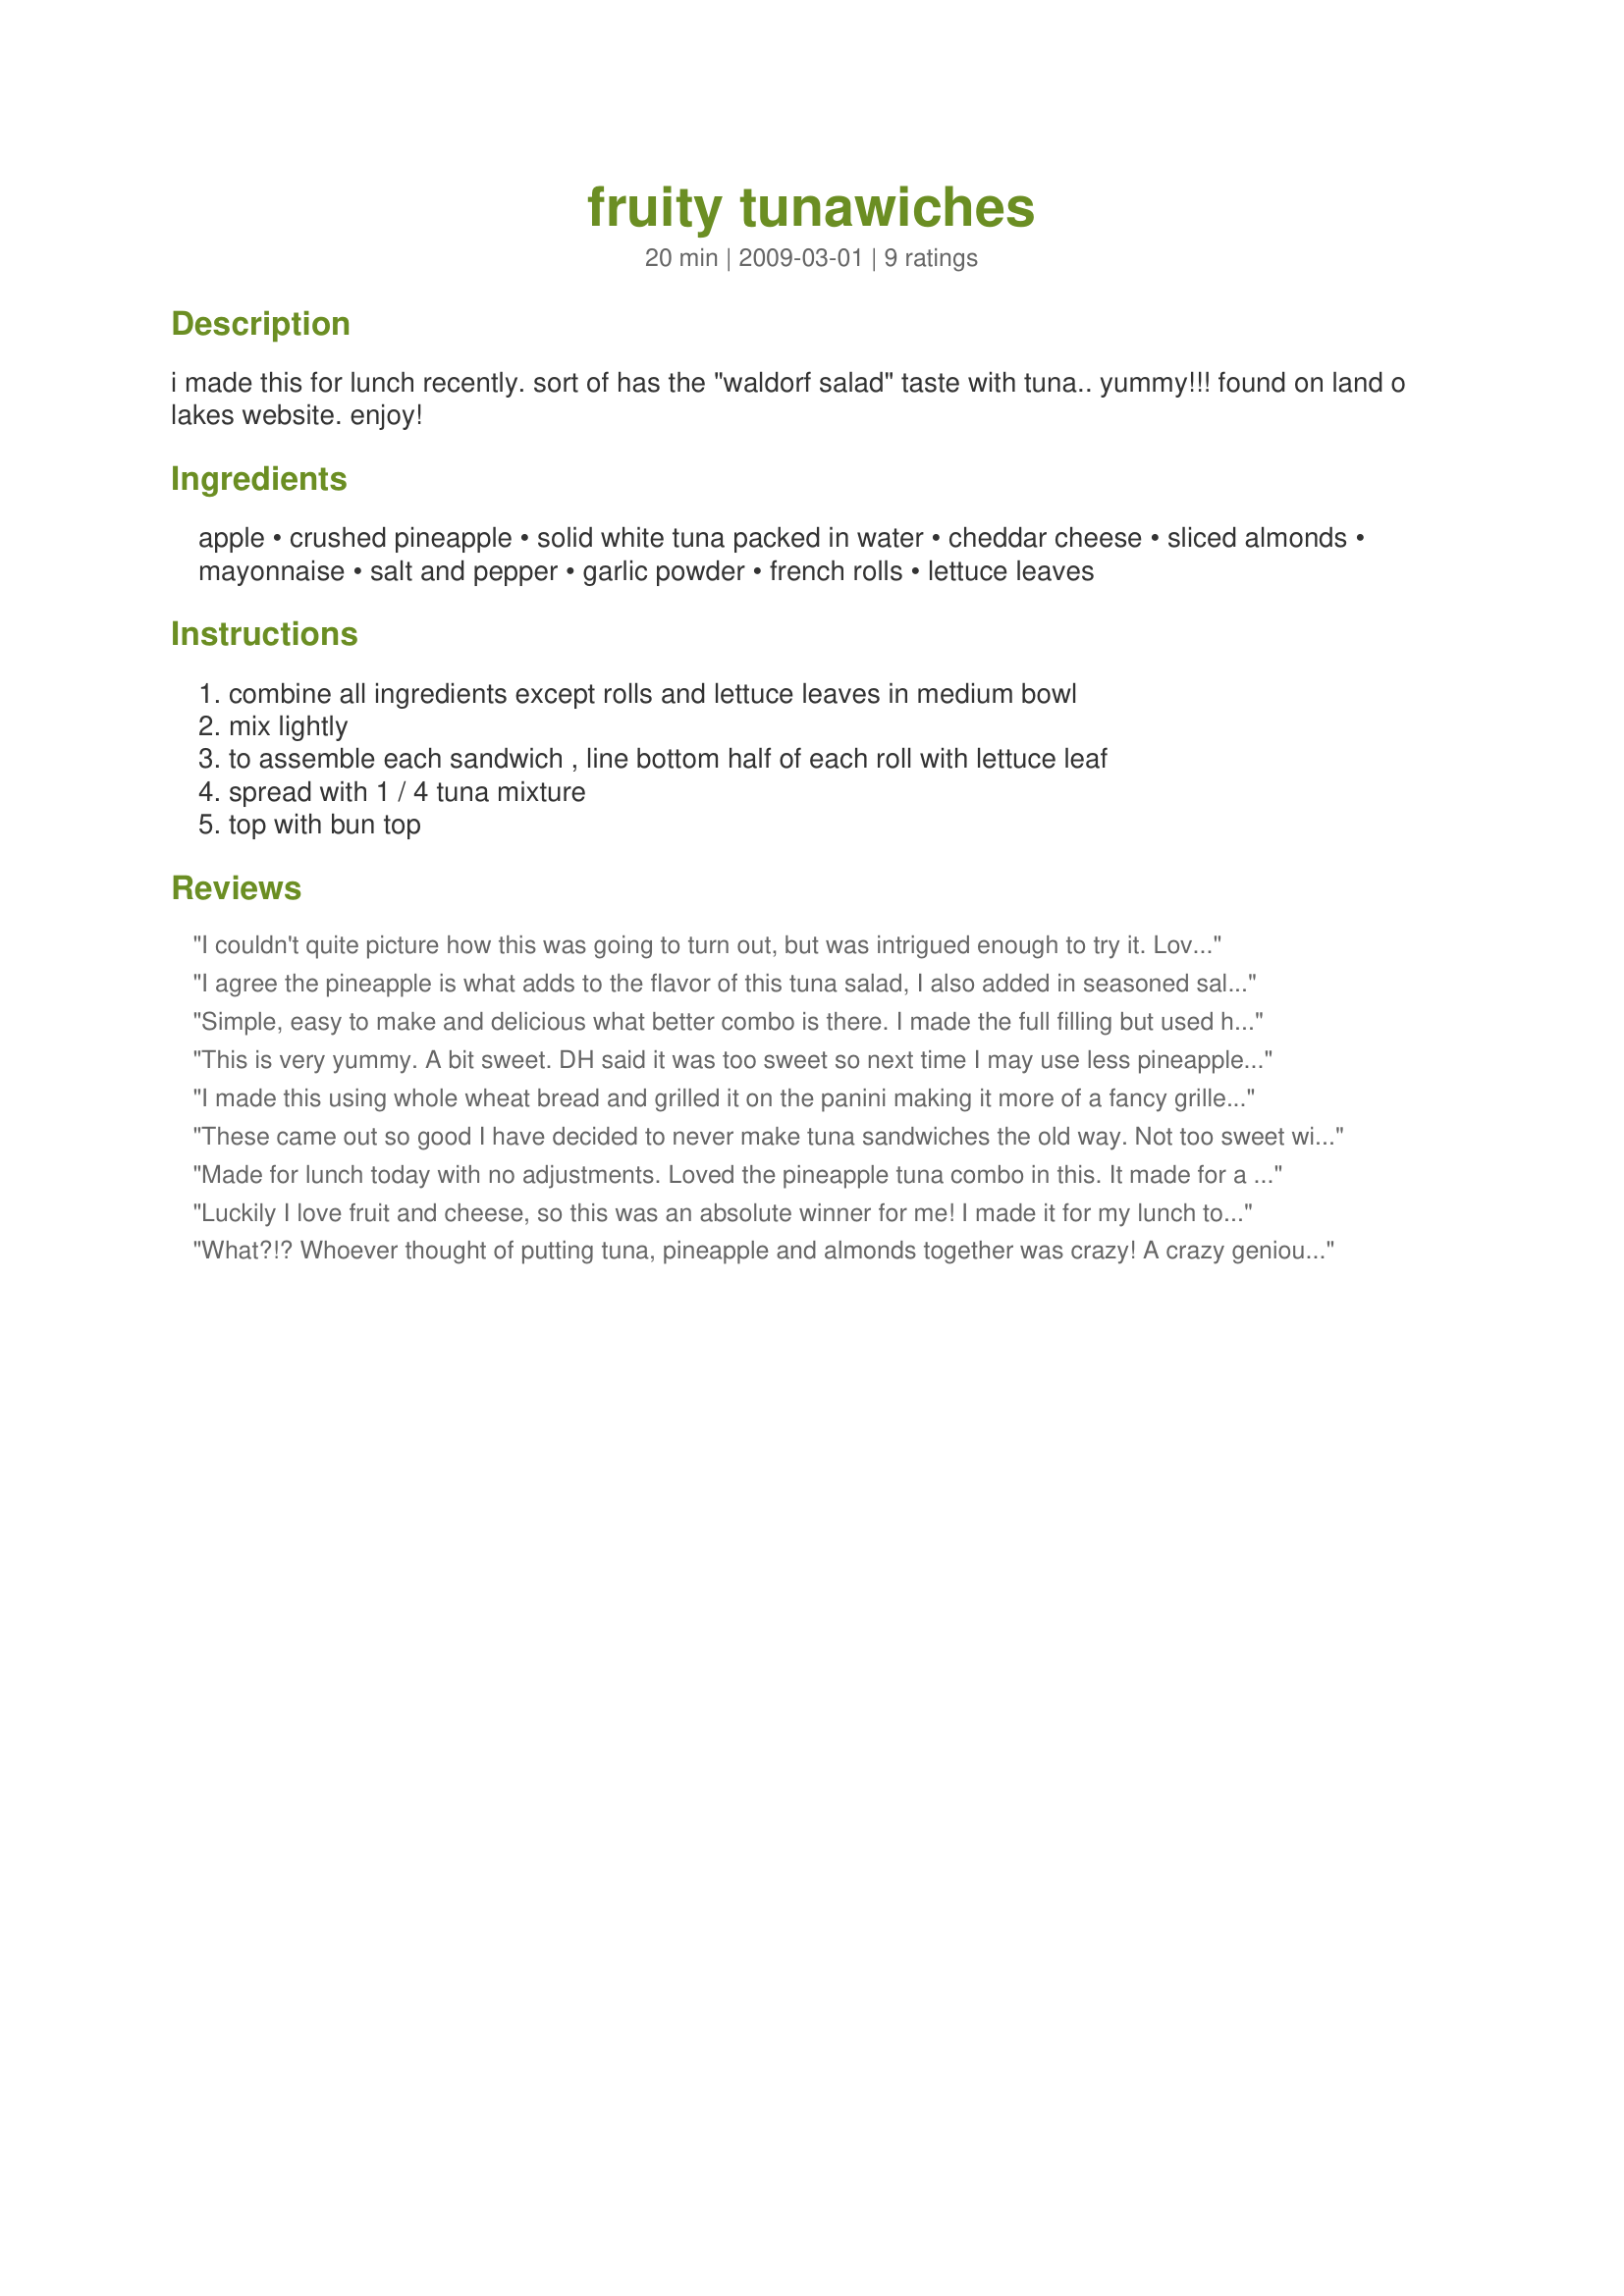
fruity tunawiches
Preparation time: 20 minutes

i made this for lunch recently. sort of has the "waldorf salad" taste with tuna.. yummy!!! found on land o lakes website. enjoy!

Ingredients:
apple, crushed pineapple, solid white tuna packed in water, cheddar cheese, sliced almonds, mayonnaise, salt and pepper, garlic powder, french rolls, lettuce leaves

Steps:
combine all ingredients except rolls and lettuce leaves in medium bowl, mix lightly, to assemble each sandwich , line bottom half of each roll with lettuce leaf, spread with 1 / 4 tuna mixture, top with bun top

Reviews:
I couldn't quite picture how this was going to turn out, but was intrigued enough to try it. Loved it! This was a great change of pace from what I usually do with tuna and will be made again when I am craving something sweeter and crunchier. Thanks for posting!
I agree the pineapple is what adds to the flavor of this tuna salad, I also added in seasoned salt, fresh ground pepper and 1/2 teaspoon garlic powder, thanks for sharing Kitty!
Simple, easy to make and delicious what better combo is there. I made the full filling but used halve between two wholemeal wholegrain rolls and used a mix of baby greens. Thank you kittycatmom, made for Everyday Is a Holiday. UPDATE - polished of the rest with a simple salad for lunch great thanks once again kittycatmom.
This is very yummy. A bit sweet. DH said it was too sweet so next time I may use less pineapples. I love the cheddar cheese in it. I didn't measure how much I added to it. Thanks Kittycatmom :) Made for Holiday tag
I made this using whole wheat bread and grilled it on the panini making it more of a fancy grilled cheese and the whole family enjoyed it. I used the leftovers to top my green salad for lunch today and it was lovely. Thanks for posting!
These came out so good I have decided to never make tuna sandwiches the old way. Not too sweet with the right blend of flavors. This is my new tuna sandwich.
Made for lunch today with no adjustments. Loved the pineapple tuna combo in this. It made for a great lunch with a salad today. Nice, and simple. Will prepare again. Made for 1-2-3 hit wonders.
Luckily I love fruit and cheese, so this was an absolute winner for me! I made it for my lunch today with a bowl of carrot soup, and I have lots of filling left for tomorrow too. I made my sandwiches with wholemeal bread - I am on a health kick right now! I also popped a few cherry tomatoes and half an apple on the plate. Made for Everyday is a Holiday Tag Game - merci Kittycatmom! FT:-)
What?!? Whoever thought of putting tuna, pineapple and almonds together was crazy! A crazy genious, but crazy! This is delicious! I didn't find it to be sweet at all, but I used unsweetened pineapple. Made exactly as directed, I will be making this again! Made for Kittencal's Green tag. Thanks kittycatmom! :)
